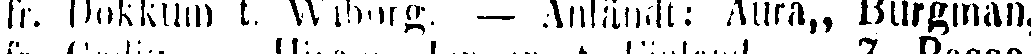
fr. Dokkum t. VViborg. — Anländt: Aura,, Burgman,